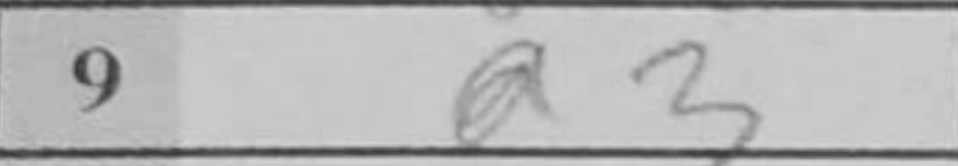
Transcription: a3